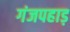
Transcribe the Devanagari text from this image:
गंजपहाड़